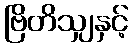
ဗြိတိသျှနှင့်